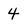
Character: 4